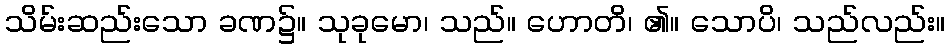
သိမ်းဆည်းသော ခဏ၌။ သုခုမော၊ သည်။ ဟောတိ၊ ၏။ သောပိ၊ သည်လည်း။